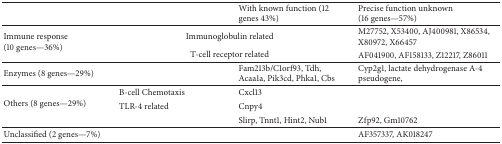
<table><thead><tr><td><b> </b></td><td><b> </b></td><td><b>With known function (12 genes 43%)</b></td><td><b>Precise function unknown (16 genes—57%)</b></td></tr></thead><tbody><tr><td rowspan="2">Immune response (10 genes—36%)</td><td colspan="2">Immunoglobulin related</td><td>M27752, X53400, AJ400981, X86534, X80972, X66457</td></tr><tr><td colspan="2">T-cell receptor related</td><td>AF041900, AF158133, Z12217, Z86011</td></tr><tr><td>Enzymes (8 genes—29%)</td><td> </td><td>Fam213b/C1orf93, Tdh, Acaa1a, Pik3cd, Phka1, Cbs</td><td>Cyp2g1, lactate dehydrogenase A-4 pseudogene, </td></tr><tr><td rowspan="3">Others (8 genes—29%)</td><td>B-cell Chemotaxis</td><td>Cxcl13</td><td> </td></tr><tr><td>TLR-4 related</td><td>Cnpy4 </td><td> </td></tr><tr><td> </td><td>Slirp, Tnnt1, Hint2, Nub1</td><td>Zfp92, Gm10762</td></tr><tr><td>Unclassified (2 genes—7%)</td><td> </td><td> </td><td>AF357337, AK018247</td></tr></tbody></table>